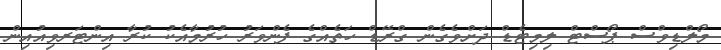
މޯލްޑިވްސް ޕޯސްޓް ލިމިޓެޑް ދަށްވެގެން ގްރޭޑް ހަތެއްގެ ފެންވަރު ހުރުމާއެކު ކުރާ އިންޓަރވިއުއިން